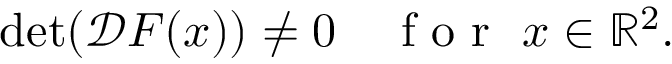
\begin{array} { r } { \operatorname* { d e t } ( \mathcal { D } \boldsymbol { F } ( \boldsymbol { x } ) ) \neq 0 \quad \mathrm { ~ f ~ o ~ r ~ } \ \boldsymbol { x } \in \mathbb { R } ^ { 2 } . } \end{array}